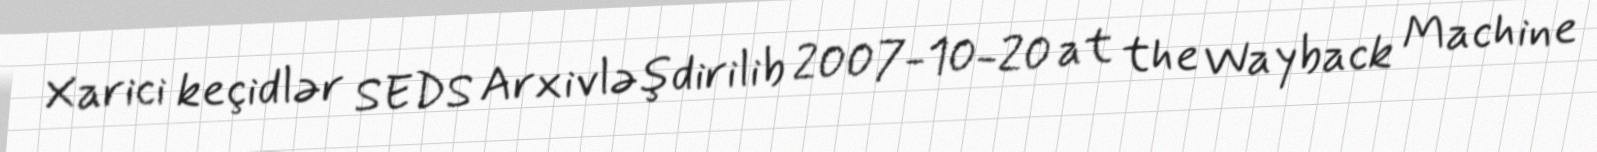
Xarici keçidlər SEDS Arxivləşdirilib 2007-10-20 at the Wayback Machine